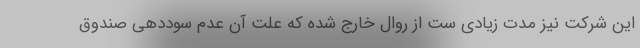
این شرکت نیز مدت زیادی ست از روال خارج شده که علت آن عدم سوددهی صندوق